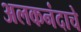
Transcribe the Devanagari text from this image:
अलकनंदाचे